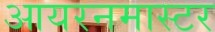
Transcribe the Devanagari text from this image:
आयरनमास्टर